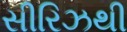
સીરિઝથી